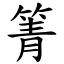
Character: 箐